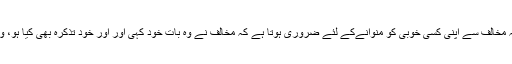
اس دلیل کا تجزیہ کرنے سے پہلے اصولی طور پر ایک بات سمجھنی ضروری ہے، وہ یہ کہ مخالف سے اپنی کسی خوبی کو منوانےکے لئے ضروری ہوتا ہے کہ مخالف نے وہ بات خود کہی اور اور خود تذکرہ بھی کیا ہو، ورنہ اپنی خوبیاں دوسروں کے منہ سے خود ہی بیان کرنا کبھی کوئی ثبوت قرار نہیں پا سکتا۔